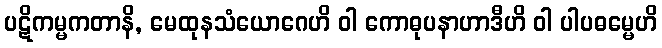
ပဋိကမ္မကတာနိ, မေထုနသံယောဂေဟိ ဝါ ကောဓုပနာဟာဒီဟိ ဝါ ပါပဓမ္မေဟိ